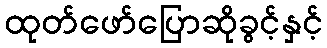
ထုတ်ဖော်ပြောဆိုခွင့်နှင့်